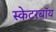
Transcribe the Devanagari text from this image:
स्केटरबॉय